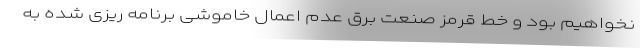
نخواهیم بود و خط قرمز صنعت برق عدم اعمال خاموشی برنامه ریزی شده به